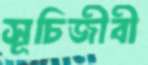
সূচিজীবী